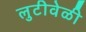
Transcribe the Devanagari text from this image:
लुटीवेळी